Lunatic asylums Punjab 1881-1894 - 1881-1894
Year: 1881
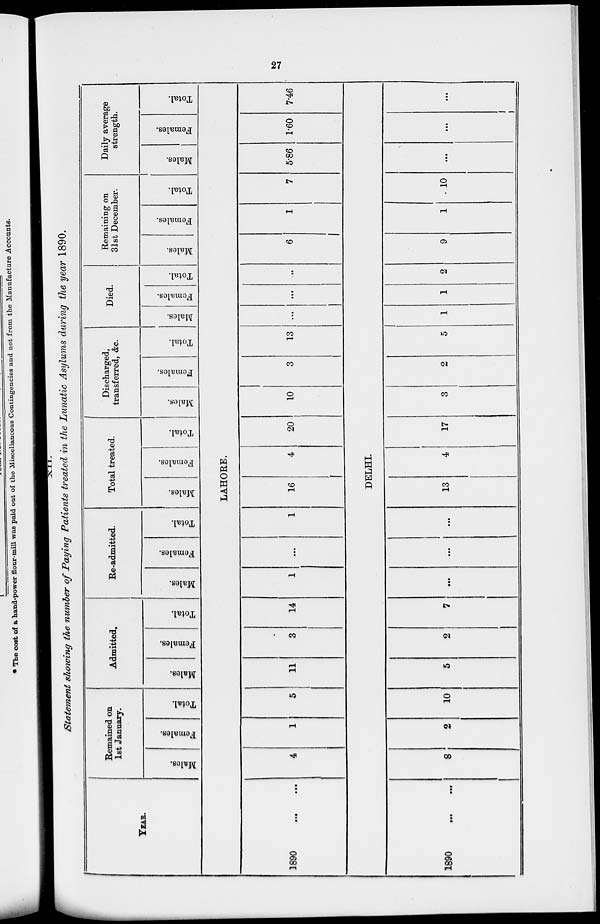
27
XII.
Statement showing the number of Paying Patients treated in the Lunatic Asylums during the year 1890.
YEAR.
1890
...
...
1890
...
...
Remained on
1st January.
Males.
Females.
Total.
Admitted.
Males.
Females.
Total.
Re-admitted.
Males.
Females.
Total.
Total treated.
Males.
Females.
Total.
Discharged,
transferred, &c.
Males.
Females.
Total.
Died.
Males.
Females.
Total.
Remaining on
31st December.
Males.
Females.
Total.
Daily average
strength.
Males.
Females.
Total.
LAHORE.
4
1
5
11
3
14
1
...
1
16
4
20
10
3
13 ...
...
...
6
1
7 5.86
1.60
7.46
DELHI.
8
2
10
5
2
7
...
...
...
13
4
17
3
2
5
1
1
2
9
1
10
...
...
...